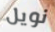
نويل